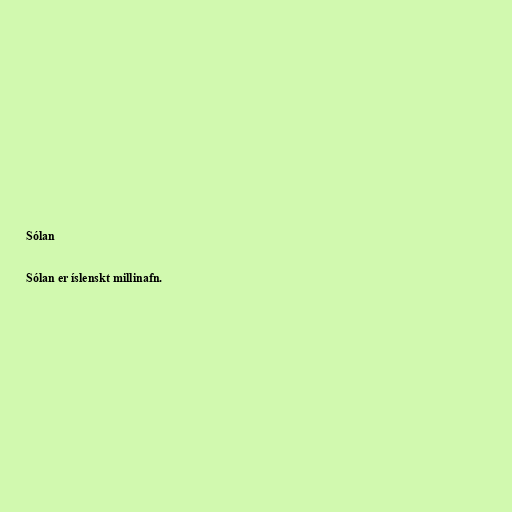
Sólan

Sólan er íslenskt millinafn.